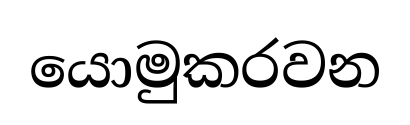
යොමුකරවන